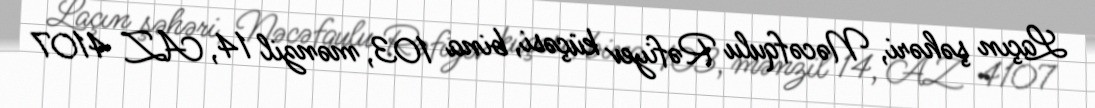
Laçın şəhəri, Nəcəfqulu Rəfiyev küçəsi, bina 103, mənzil 14, AZ 4107